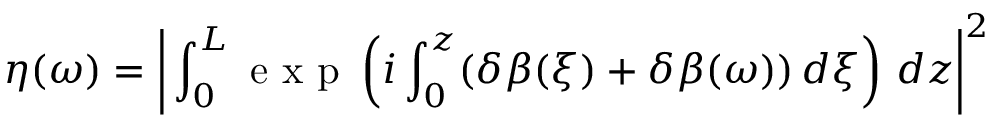
\eta ( \omega ) = \bigg \vert \int _ { 0 } ^ { L } \mathrm { ~ e ~ x ~ p ~ } \left( i \int _ { 0 } ^ { z } ( \delta \beta ( \xi ) + \delta \beta ( \omega ) ) \, d \xi \right) \, d z \bigg \vert ^ { 2 }